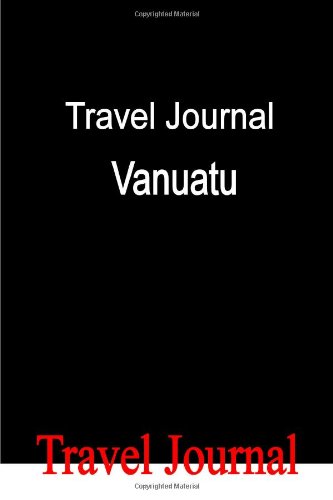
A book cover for Travel Journal Vanuatu; E Locken; Travel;